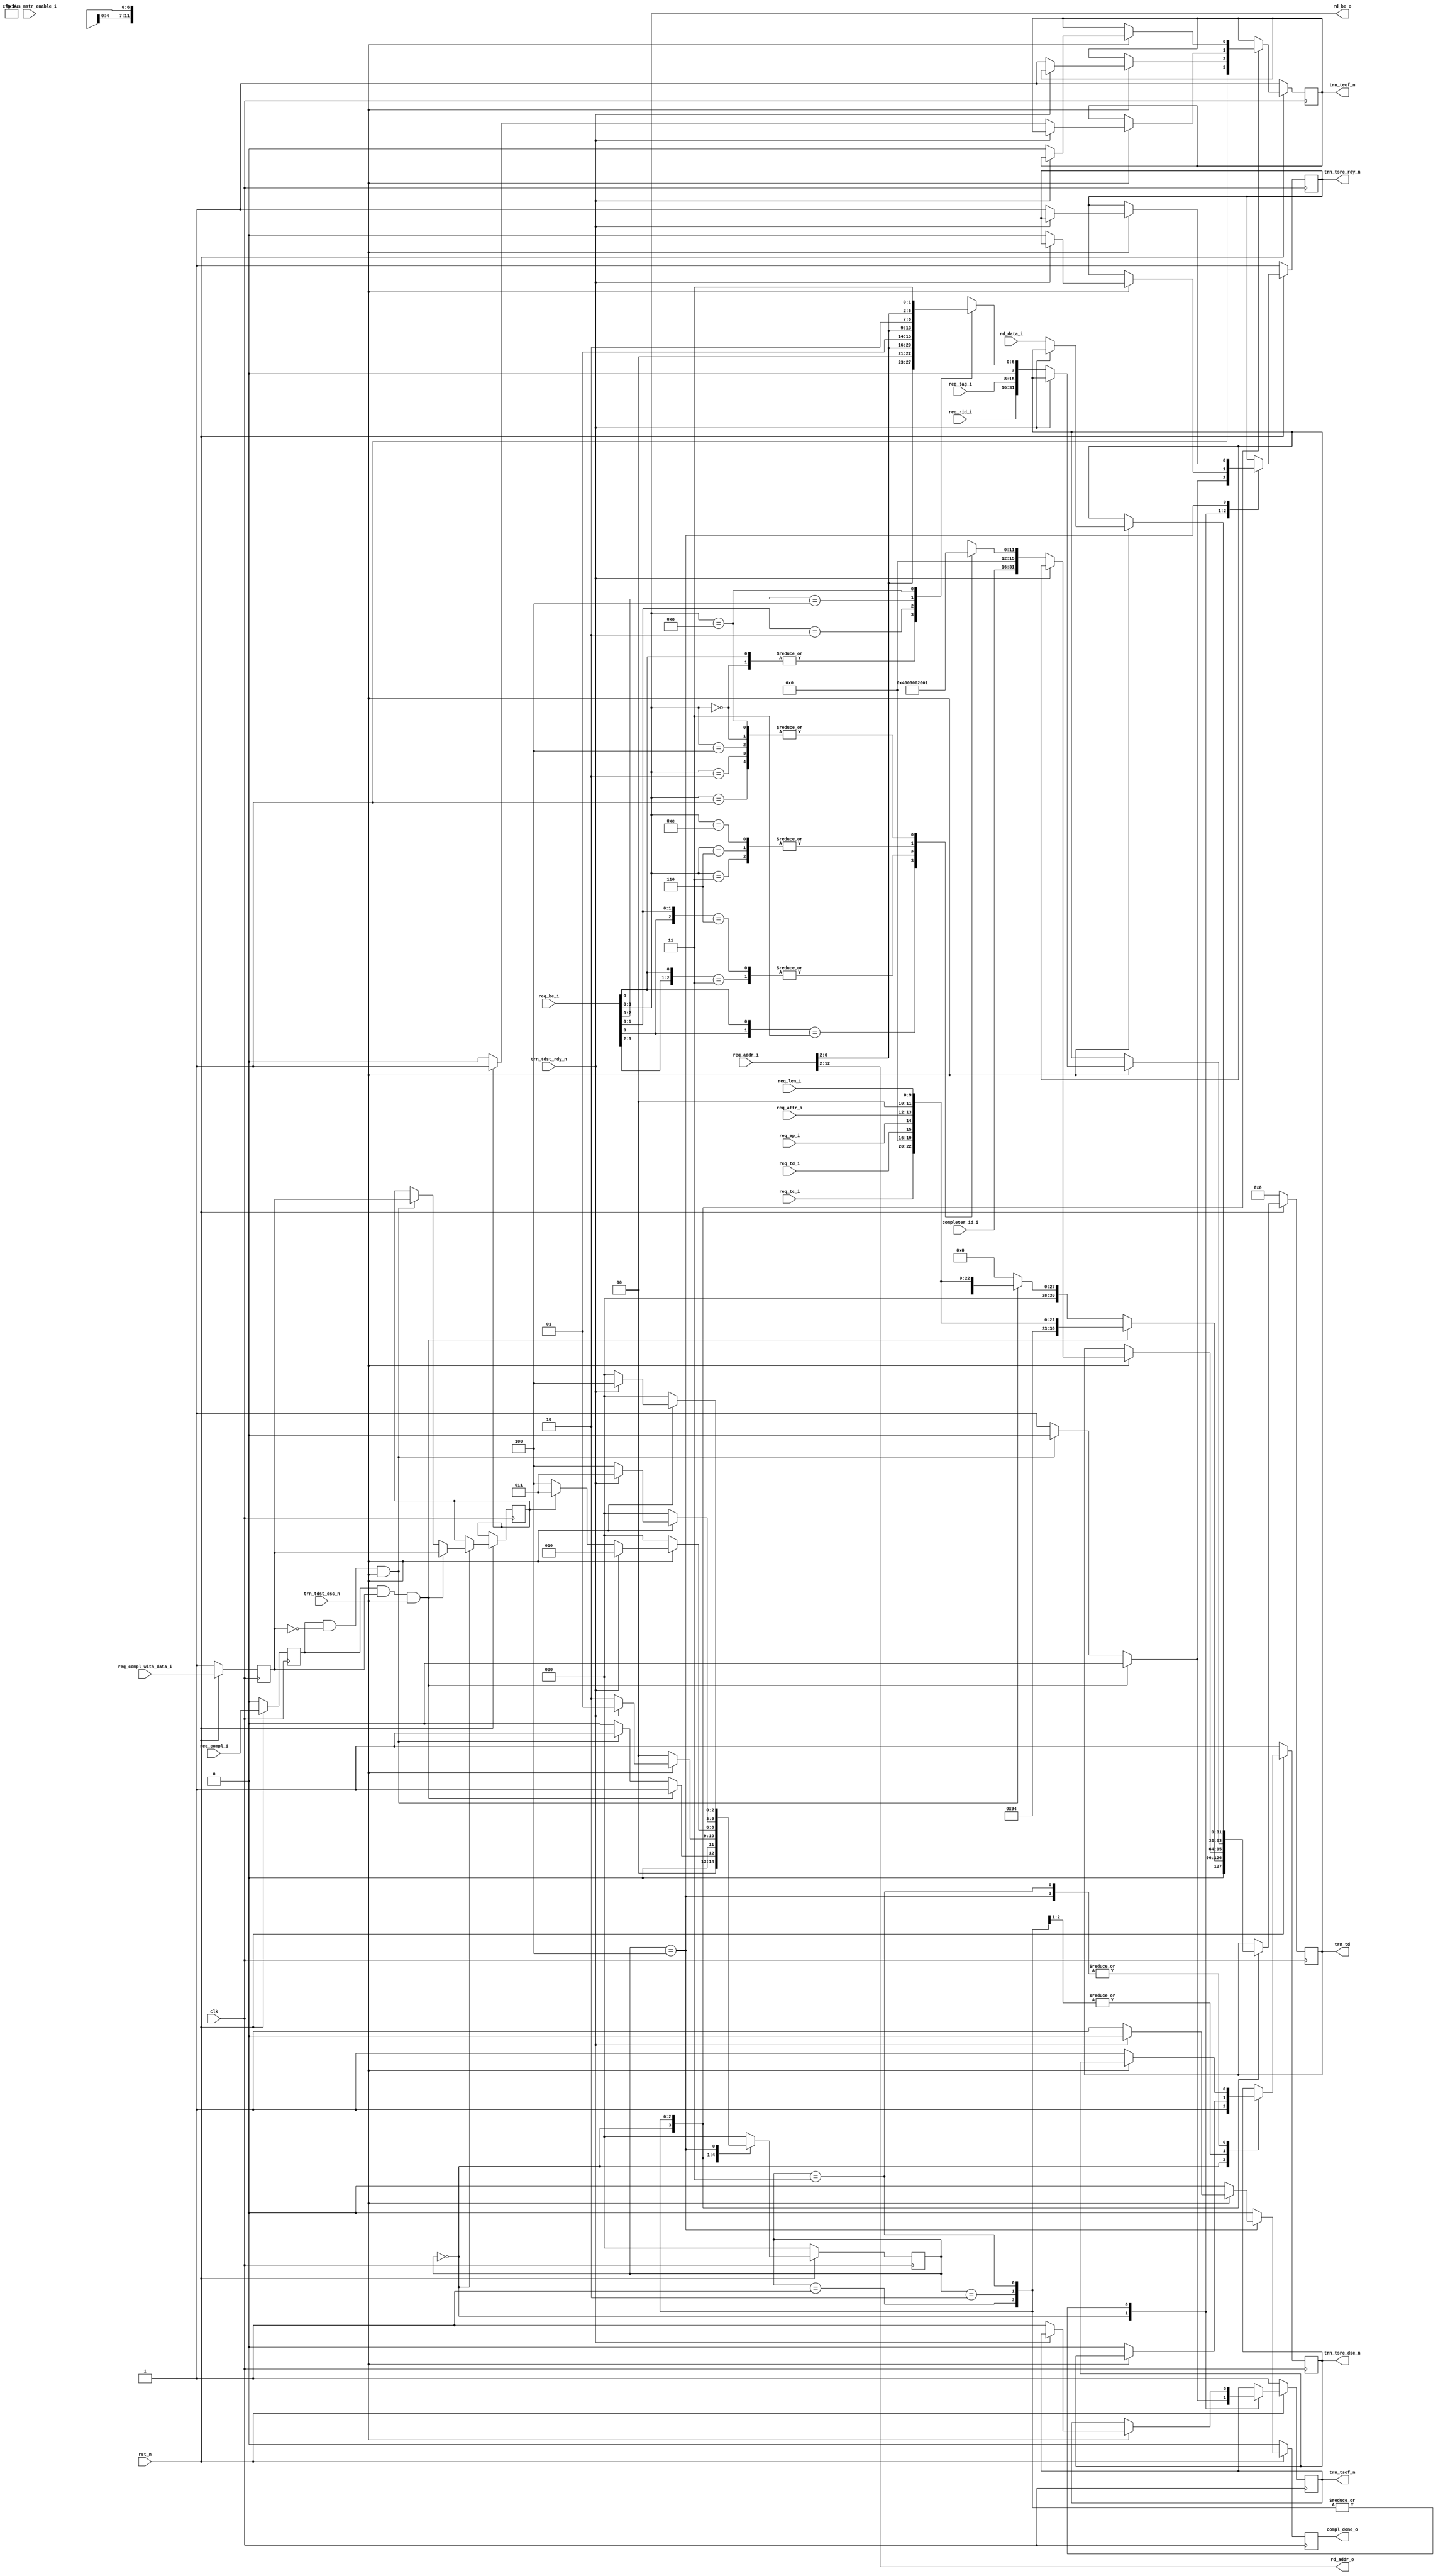
//-----------------------------------------------------------------------------
//
// (c) Copyright 2001, 2002, 2003, 2004, 2005, 2007, 2008, 2009 Xilinx, Inc. All rights reserved.
//
// This file contains confidential and proprietary information
// of Xilinx, Inc. and is protected under U.S. and
// international copyright and other intellectual property
// laws.
//
// DISCLAIMER
// This disclaimer is not a license and does not grant any
// rights to the materials distributed herewith. Except as
// otherwise provided in a valid license issued to you by
// Xilinx, and to the maximum extent permitted by applicable
// law: (1) THESE MATERIALS ARE MADE AVAILABLE "AS IS" AND
// WITH ALL FAULTS, AND XILINX HEREBY DISCLAIMS ALL WARRANTIES
// AND CONDITIONS, EXPRESS, IMPLIED, OR STATUTORY, INCLUDING
// BUT NOT LIMITED TO WARRANTIES OF MERCHANTABILITY, NON-
// INFRINGEMENT, OR FITNESS FOR ANY PARTICULAR PURPOSE; and
// (2) Xilinx shall not be liable (whether in contract or tort,
// including negligence, or under any other theory of
// liability) for any loss or damage of any kind or nature
// related to, arising under or in connection with these
// materials, including for any direct, or any indirect,
// special, incidental, or consequential loss or damage
// (including loss of data, profits, goodwill, or any type of
// loss or damage suffered as a result of any action brought
// by a third party) even if such damage or loss was
// reasonably foreseeable or Xilinx had been advised of the
// possibility of the same.
//
// CRITICAL APPLICATIONS
// Xilinx products are not designed or intended to be fail-
// safe, or for use in any application requiring fail-safe
// performance, such as life-support or safety devices or
// systems, Class III medical devices, nuclear facilities,
// applications related to the deployment of airbags, or any
// other applications that could lead to death, personal
// injury, or severe property or environmental damage
// (individually and collectively, "Critical
// Applications"). Customer assumes the sole risk and
// liability of any use of Xilinx products in Critical
// Applications, subject only to applicable laws and
// regulations governing limitations on product liability.
//
// THIS COPYRIGHT NOTICE AND DISCLAIMER MUST BE RETAINED AS
// PART OF THIS FILE AT ALL TIMES.
//
//-----------------------------------------------------------------------------
// Project    : Spartan-6 Integrated Block for PCI Express
// Description: 32 bit LocalLink Transmit Unit.
//
//-----------------------------------------------------------------------------

`timescale 1ns/1ns

module PIO_32_TX_ENGINE (
  input                   clk,
  input                   rst_n,

  output reg  [31:0]      trn_td,
  output reg              trn_tsof_n,
  output reg              trn_teof_n,
  output reg              trn_tsrc_rdy_n,
  output reg              trn_tsrc_dsc_n,
  input                   trn_tdst_rdy_n,
  input                   trn_tdst_dsc_n,

  input                   req_compl_i,
  input                   req_compl_with_data_i,
  output reg              compl_done_o,

  input       [2:0]       req_tc_i,
  input                   req_td_i,
  input                   req_ep_i,
  input       [1:0]       req_attr_i,
  input       [9:0]       req_len_i,
  input       [15:0]      req_rid_i,
  input       [7:0]       req_tag_i,
  input       [7:0]       req_be_i,
  input       [12:0]      req_addr_i,

  output wire [10:0]      rd_addr_o,
  output wire [3:0]       rd_be_o,
  input       [31:0]      rd_data_i,

  input       [15:0]      completer_id_i,
  input                   cfg_bus_mstr_enable_i
  );

  // Clock-to-out delay
  localparam TCQ                    = 1;

  // TLP Header format/type values
  localparam PIO_32_CPLD_FMT_TYPE   = 7'b10_01010;
  localparam PIO_32_CPL_FMT_TYPE    = 7'b00_01010;

  // State values
  localparam PIO_32_TX_RST_STATE    = 3'd0;
  localparam PIO_32_TX_CPL_CPLD_DW1 = 3'd1;
  localparam PIO_32_TX_CPL_CPLD_DW2 = 3'd2;
  localparam PIO_32_TX_CPLD_DW3     = 3'd3;
  localparam PIO_32_TX_WAIT_STATE   = 3'd4;

  // Local registers
  reg [11:0]          byte_count;
  reg [6:0]           lower_addr;
  reg [2:0]           state;
  reg                 cpl_w_data;
  reg                 req_compl_q;
  reg                 req_compl_with_data_q;

  //
  // Present address and byte enable to memory module
  //
  assign rd_addr_o = req_addr_i[12:2];
  assign rd_be_o   = req_be_i[3:0];

  //
  // Calculate byte count based on byte enable
  //
  always @* begin
    casex (rd_be_o[3:0])
      4'b1xx1 : byte_count = 12'h004;
      4'b01x1 : byte_count = 12'h003;
      4'b1x10 : byte_count = 12'h003;
      4'b0011 : byte_count = 12'h002;
      4'b0110 : byte_count = 12'h002;
      4'b1100 : byte_count = 12'h002;
      4'b0001 : byte_count = 12'h001;
      4'b0010 : byte_count = 12'h001;
      4'b0100 : byte_count = 12'h001;
      4'b1000 : byte_count = 12'h001;
      4'b0000 : byte_count = 12'h001;
    endcase
  end

  //
  // Calculate lower address based on byte enable
  //
  always @* begin
    casex (rd_be_o[3:0])
      4'b0000 : lower_addr = {req_addr_i[6:2], 2'b00};
      4'bxxx1 : lower_addr = {req_addr_i[6:2], 2'b00};
      4'bxx10 : lower_addr = {req_addr_i[6:2], 2'b01};
      4'bx100 : lower_addr = {req_addr_i[6:2], 2'b10};
      4'b1000 : lower_addr = {req_addr_i[6:2], 2'b11};
    endcase
  end

  always @(posedge clk) begin
    if (!rst_n) begin
      req_compl_q           <= #TCQ 1'b0;
      req_compl_with_data_q <= #TCQ 1'b1;
    end else begin
      req_compl_q           <= #TCQ req_compl_i;
      req_compl_with_data_q <= #TCQ req_compl_with_data_i;
    end
  end

  //
  //  Generate Completion with 1 DW Payload or Completion with
  //  no data
  //
  always @(posedge clk) begin
    if (!rst_n) begin
      trn_tsof_n        <= #TCQ 1'b1;
      trn_teof_n        <= #TCQ 1'b1;
      trn_tsrc_rdy_n    <= #TCQ 1'b1;
      trn_tsrc_dsc_n    <= #TCQ 1'b1;
      trn_td            <= #TCQ 32'b0;

      compl_done_o      <= #TCQ 1'b0;

      state             <= #TCQ PIO_32_TX_RST_STATE;
    end else begin
      compl_done_o      <= #TCQ 1'b0;

      case (state)
        PIO_32_TX_RST_STATE : begin
          trn_tsrc_dsc_n     <= #TCQ 1'b1;

          if (req_compl_q && req_compl_with_data_q && trn_tdst_dsc_n) begin
            // Begin a CplD TLP
            trn_tsof_n       <= #TCQ 1'b0;
            trn_teof_n       <= #TCQ 1'b1;
            trn_tsrc_rdy_n   <= #TCQ 1'b0;
            trn_td           <= #TCQ {{1'b0},
                                      PIO_32_CPLD_FMT_TYPE,
                                      {1'b0},
                                      req_tc_i,
                                      {4'b0},
                                      req_td_i,
                                      req_ep_i,
                                      req_attr_i,
                                      {2'b0},
                                      req_len_i
                                      };
            cpl_w_data       <= #TCQ req_compl_with_data_q;
            state            <= #TCQ PIO_32_TX_CPL_CPLD_DW1;
          end else if (req_compl_q && !req_compl_with_data_q && trn_tdst_dsc_n) begin
            // Begin a Cpl TLP
            trn_tsof_n       <= #TCQ 1'b0;
            trn_teof_n       <= #TCQ 1'b1;
            trn_tsrc_rdy_n   <= #TCQ 1'b0;
            trn_td           <= #TCQ {{1'b0},
                                      PIO_32_CPL_FMT_TYPE,
                                      {1'b0},
                                      req_tc_i,
                                      {4'b0},
                                      req_td_i,
                                      req_ep_i,
                                      req_attr_i,
                                      {2'b0},
                                      req_len_i
                                      };
            cpl_w_data       <= #TCQ req_compl_with_data_q;
            state            <= #TCQ PIO_32_TX_CPL_CPLD_DW1;
          end else begin
            trn_tsof_n       <= #TCQ 1'b1;
            trn_teof_n       <= #TCQ 1'b1;
            trn_tsrc_rdy_n   <= #TCQ 1'b1;
            trn_td           <= #TCQ 32'b0;
            state            <= #TCQ PIO_32_TX_RST_STATE;
          end
        end // PIO_32_TX_RST_STATE

        PIO_32_TX_CPL_CPLD_DW1 : begin
          if (!trn_tdst_dsc_n) begin
            // Core is aborting
            trn_tsrc_dsc_n   <= #TCQ 1'b0;
            state            <= #TCQ PIO_32_TX_RST_STATE;
          end else if (!trn_tdst_rdy_n) begin
            // Output next DW of TLP
            trn_tsof_n       <= #TCQ 1'b1;
            trn_teof_n       <= #TCQ 1'b1;
            trn_tsrc_rdy_n   <= #TCQ 1'b0;
            trn_td           <= #TCQ {completer_id_i,
                                      {3'b0},
                                      {1'b0},
                                      byte_count
                                      };
            state            <= #TCQ PIO_32_TX_CPL_CPLD_DW2;
          end else begin
            // Wait for core to accept previous DW
            state            <= #TCQ PIO_32_TX_CPL_CPLD_DW1;
          end
        end // PIO_32_TX_CPL_CPLD_DW1

        PIO_32_TX_CPL_CPLD_DW2 : begin
          if (!trn_tdst_dsc_n) begin
            // Core is aborting
            trn_tsrc_dsc_n   <= #TCQ 1'b0;
            state            <= #TCQ PIO_32_TX_RST_STATE;
          end else if (!trn_tdst_rdy_n) begin
            // Output next DW of TLP
            trn_tsof_n       <= #TCQ 1'b1;
            trn_tsrc_rdy_n   <= #TCQ 1'b0;
            trn_td           <= #TCQ {req_rid_i,
                                      req_tag_i,
                                      {1'b0},
                                      lower_addr
                                      };

            if (cpl_w_data) begin
              // For a CplD, there is one more DW
              trn_teof_n     <= #TCQ 1'b1;
              state          <= #TCQ PIO_32_TX_CPLD_DW3;
            end else begin
              // For a Cpl, this is the final DW
              trn_teof_n     <= #TCQ 1'b0;
              state          <= #TCQ PIO_32_TX_WAIT_STATE;
            end
          end else begin
            // Wait for core to accept previous DW
            state            <= #TCQ PIO_32_TX_CPL_CPLD_DW2;
          end
        end // PIO_32_TX_CPL_CPLD_DW2

        PIO_32_TX_CPLD_DW3 : begin
          if (!trn_tdst_dsc_n) begin
            // Core is aborting
            trn_tsrc_dsc_n   <= #TCQ 1'b1;
            state            <= #TCQ PIO_32_TX_RST_STATE;
          end else if (!trn_tdst_rdy_n) begin
            // Output next DW of TLP
            trn_tsof_n       <= #TCQ 1'b1;
            trn_teof_n       <= #TCQ 1'b0;
            trn_tsrc_rdy_n   <= #TCQ 1'b0;
            trn_td           <= #TCQ rd_data_i;
            state            <= #TCQ PIO_32_TX_WAIT_STATE;
          end else begin
            // Wait for core to accept previous DW
            state            <= #TCQ PIO_32_TX_CPLD_DW3;
          end
        end // PIO_32_TX_CPLD_DW3

        PIO_32_TX_WAIT_STATE : begin
          if (!trn_tdst_dsc_n) begin
            // Core is aborting
            trn_tsrc_dsc_n   <= #TCQ 1'b1;
            state            <= #TCQ PIO_32_TX_RST_STATE;
          end else if (!trn_tdst_rdy_n) begin
            // Core has accepted final DW of TLP
            trn_tsrc_rdy_n   <= #TCQ 1'b1;
            compl_done_o     <= #TCQ 1'b1;
            state            <= #TCQ PIO_32_TX_RST_STATE;
          end else begin
            // Wait for core to accept previous DW
            state            <= #TCQ PIO_32_TX_WAIT_STATE;
          end
        end // PIO_32_TX_WAIT_STATE
        default:
          state              <= #TCQ PIO_32_TX_RST_STATE;
      endcase // (state)
    end // rst_n
  end

endmodule // PIO_32_TX_ENGINE